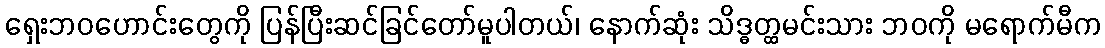
ရှေးဘဝဟောင်းတွေကို ပြန်ပြီးဆင်ခြင်တော်မူပါတယ်၊ နောက်ဆုံး သိဒ္ဓတ္ထမင်းသား ဘဝကို မရောက်မီက